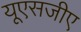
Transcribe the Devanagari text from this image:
यूएसजीए